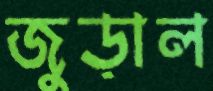
জুড়াল